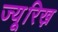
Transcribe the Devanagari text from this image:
ज्यू़रिख़